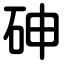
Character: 砷